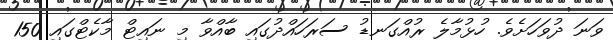
ވަނަ ދުވަހަށެވެ. ހުޅުމާލެ ރުއްގަނޑު ސަރަހައްދުގައި ބާއްވާ މި ނައިޓް މާކެޓްގައި 150